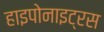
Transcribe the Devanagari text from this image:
हाइपोनाइट्रस